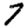
Digit: 7